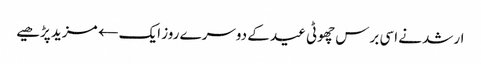
ارشد نے اسی برس چھوٹی عید کے دوسرے روز ایک← مزید پڑھیے